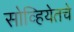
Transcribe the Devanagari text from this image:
सोव्हियेतचे